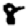
Digit: 8